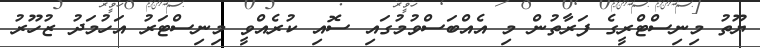
ޔޫތު މިނިސްޓްރީގެ ފަރާތުން މި އެއްބަސްވުމުގައި ސޮއި ކުރެއްވީ މިނިސްޓަރު އަހުމަދު ޒުހޫރު